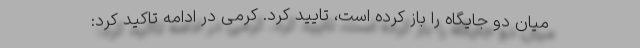
میان دو جایگاه را باز کرده است، تایید کرد. کرمی در ادامه تاکید کرد: